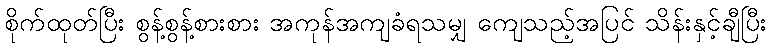
စိုက်ထုတ်ပြီး စွန့်စွန့်စားစား အကုန်အကျခံရသမျှ ကျေသည့်အပြင် သိန်းနှင့်ချီပြီး